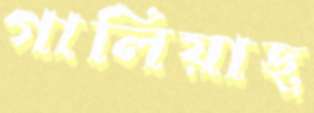
গালিয়াছ